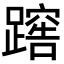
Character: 𨅻